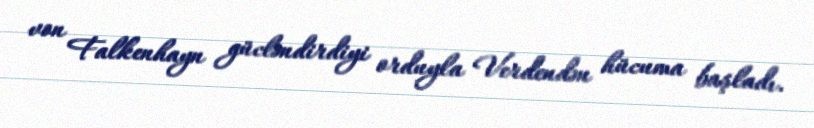
von Falkenhayn gücləndirdiyi orduyla Verdendən hücuma başladı.